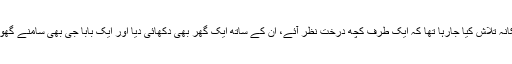
سایہ اور ٹھکانہ تلاش کیا جارہا تھا کہ ایک طرف کچھ درخت نظر آئے، ان کے ساتھ ایک گھر بھی دکھائی دیا اور ایک بابا جی بھی سامنے گھوم رہے تھے۔